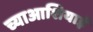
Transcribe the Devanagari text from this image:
च्याआशियाई